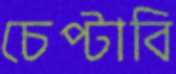
চেপ্‌টাবি